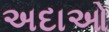
અદાઓ